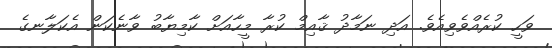
ވަހީ ކުރެއްވެވިއެވެ. އަދި ނަމާދު ޤާއިމް ކުރާ މީހާއަށް ކާމިޔާބު ވާނެކަން އެކަލާނގެ